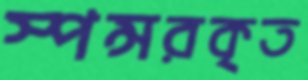
স্পন্সরকৃত